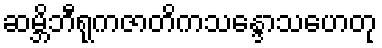
ဆမ္ဘိဘီရုကဇာတိကသန္ဒောသဟေတု